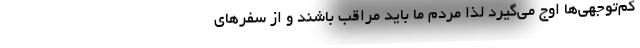
کم‌توجهی‌ها اوج می‌گیرد لذا مردم ما باید مراقب باشند و از سفرهای